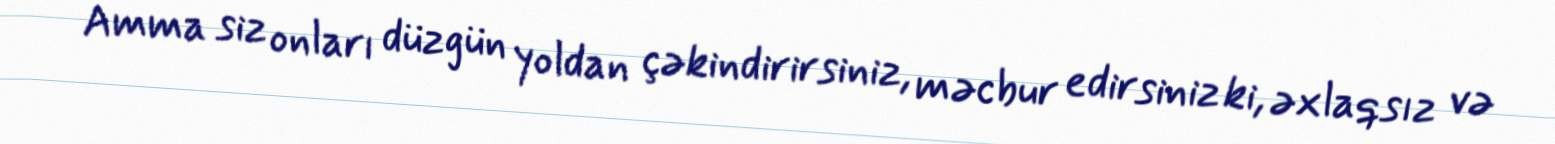
Amma siz onları düzgün yoldan çəkindirirsiniz, məcbur edirsiniz ki, əxlaqsız və